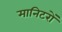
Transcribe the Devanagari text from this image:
मानिटरों